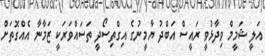
އަލީ ޝަމީމް ވިދާޅުވީ ރައީސް އަބްދު ޔާމީނުގެ އިގްތިސޯދީ ތަސައްވަރަކީ ޒަމާނާ އެއްގޮތަށް